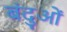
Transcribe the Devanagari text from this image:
बंदुओं